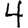
Digit: 4